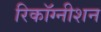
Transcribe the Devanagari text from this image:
रिकॉग्नीशन